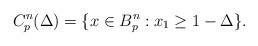
LaTeX: \begin{align*}C_p^n(\Delta)=\{ x\in B_p^n: x_1\geq 1-\Delta\}.\end{align*}